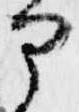
部